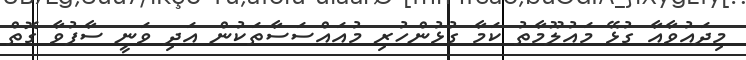
މިދައުވާއާ ގުޅޭ މައުލޫމާތު ކަމާ ގުޅުންހުރި މުއައްސަސާތަކުން އަދި ވަނީ ސާފުވާ ގޮތް